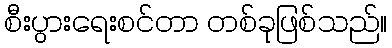
စီးပွားရေးစင်တာ တစ်ခုဖြစ်သည်။